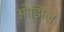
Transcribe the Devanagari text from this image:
ओझिल